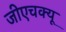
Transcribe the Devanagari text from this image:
जीएचक्यू